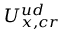
U _ { x , c r } ^ { u d }